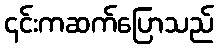
၄င်းကဆက်ပြောသည်